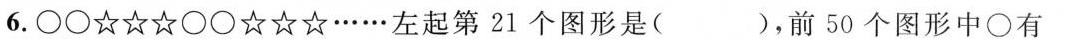
6.○○☆☆☆○○☆☆☆……左起第21个图形是( )，前50个图形中○有